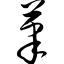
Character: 笔